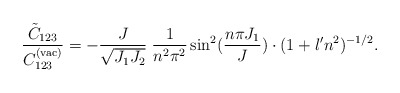
\begin{align*}\frac{ \tilde{C}_{123} }{ C^{(\rm vac)}_{123} }= - \frac{J}{\sqrt{J_1 J_2}} \;\frac{1}{n^2 \pi^2} \sin^2(\frac{n \pi J_1}{J}) \cdot (1 + \l'n^2)^{-1/2}.\end{align*}